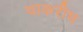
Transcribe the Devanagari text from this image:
चाकरीच